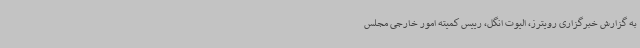
به گزارش خبرگزاری رویترز، الیوت انگل، رییس کمیته امور خارجی مجلس